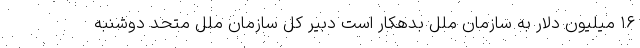
۱۶ میلیون دلار به سازمان ملل بدهکار است دبیر کل سازمان ملل متحد دوشنبه